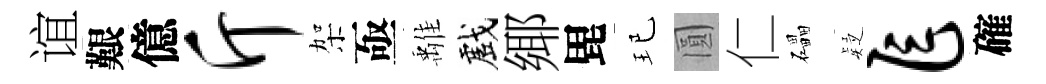
谊艱億斤架亟𩀌戲鄊毘玘圓仁礧疑乍確